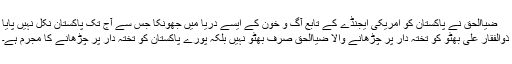
ضیاالحق نے پاکستان کو امریکی ایجنڈے کے تابع آگ و خون کے ایسے دریا میں جھونکا جس سے آج تک پاکستان نکل نہیں پایا
ذوالفقار علی بھٹو کو تختہ دار پر چڑھانے والا ضیاالحق صرف بھٹو نہیں بلکہ پورے پاکستان کو تختہ دار پر چڑھانے کا مجرم ہے۔